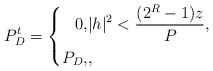
\begin{align*}P_{D}^{t} =\left\{\begin{aligned}0, &|h|^{2} < \frac{(2^{R}-1)z}{P_{}} ,\\ P_{D}, & ,\end{aligned}\right. \end{align*}